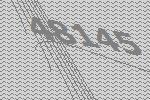
48145